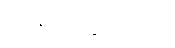
စားနပ်ရိက္ခာများကို